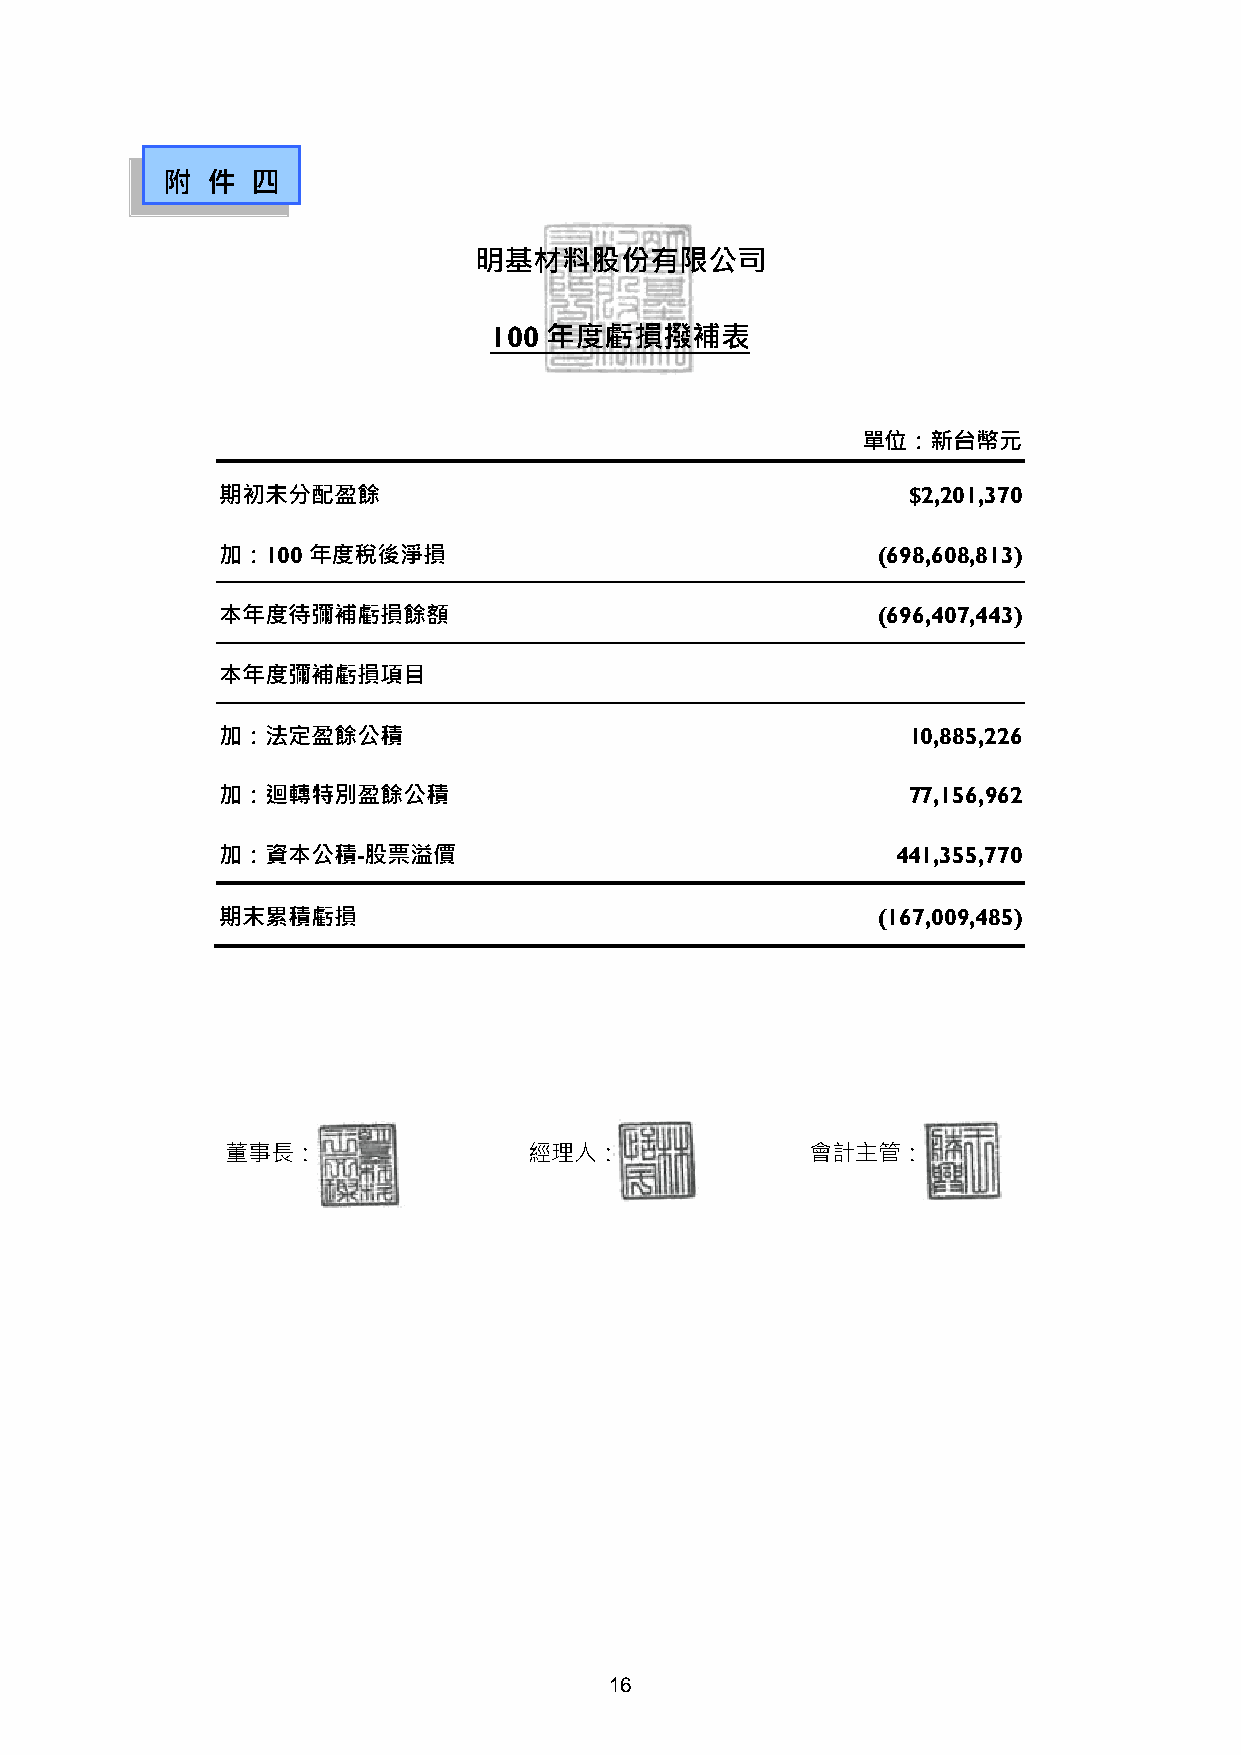
附  件  四
 明基材料股份有限公司
 100 年度虧損撥補表
 單位：新台幣元
 期初未分配盈餘                                       $2,201,370
 加：100年度稅後淨損                                 (698,608,813)
 本年度待彌補虧損餘額                                  (696,407,443)
 本年度彌補虧損項目
 加：法定盈餘公積                                      10,885,226
 加：迴轉特別盈餘公積                                    77,156,962
 加：資本公積-股票溢價                                  441,355,770
 期末累積虧損                                      (167,009,485)
 董事長：                經理人：               會計主管：
 16